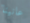
عانينا